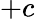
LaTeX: +c